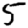
Digit: 5